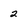
Character: 2